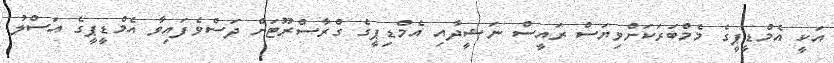
އަކީ އެމްޑީޕީގެ މެމްބަރަކަށްވިޔަސް ރައީސް ނަޝީދާއި އެމްޑިޕީގެ ގްރާސްރޫޓަށް ދަސްވެފައިވާ އެމްޑީޕީގެ އަސްލު